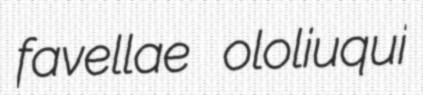
favellae ololiuqui